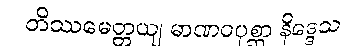
တိဿမေတ္တယျ မာဏဝပုစ္ဆာ နိဒ္ဒေသ